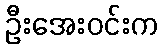
ဦးအေးဝင်းက